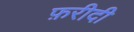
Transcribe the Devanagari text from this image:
फ़रीदी